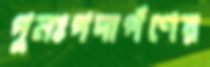
পুনঃপদার্পণের